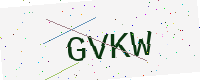
Text: GVKW